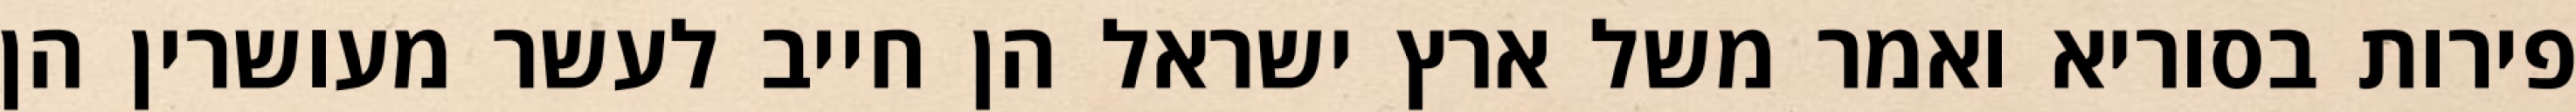
פירות בסוריא ואמר משל ארץ ישראל הן חייב לעשר מעושרין הן